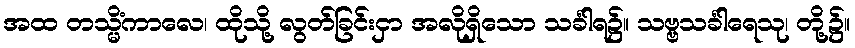
အထ တသ္မိံကာလေ၊ ထိုသို့ လွတ်ခြင်းငှာ အလိုရှိသော သင်္ခါရ၌။ သဗ္ဗသင်္ခါရေသု၊ တို့၌။